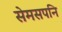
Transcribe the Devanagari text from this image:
सेमसपनि